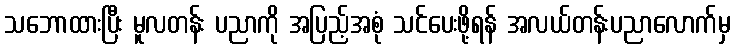
သဘောထားပြီး မူလတန်း ပညာကို အပြည့်အစုံ သင်ပေးဖို့ရန် အလယ်တန်းပညာလောက်မှ